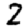
Digit: 2